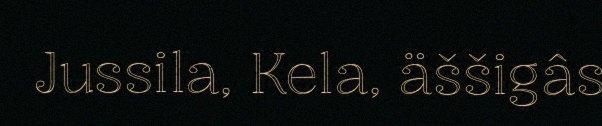
Jussila, Kela, äššigâs